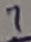
Text: 7